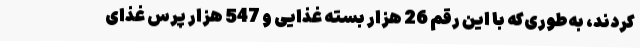
کردند، به‌طوری‌که با این رقم 26 هزار بسته غذایی و 547 هزار پرس غذای